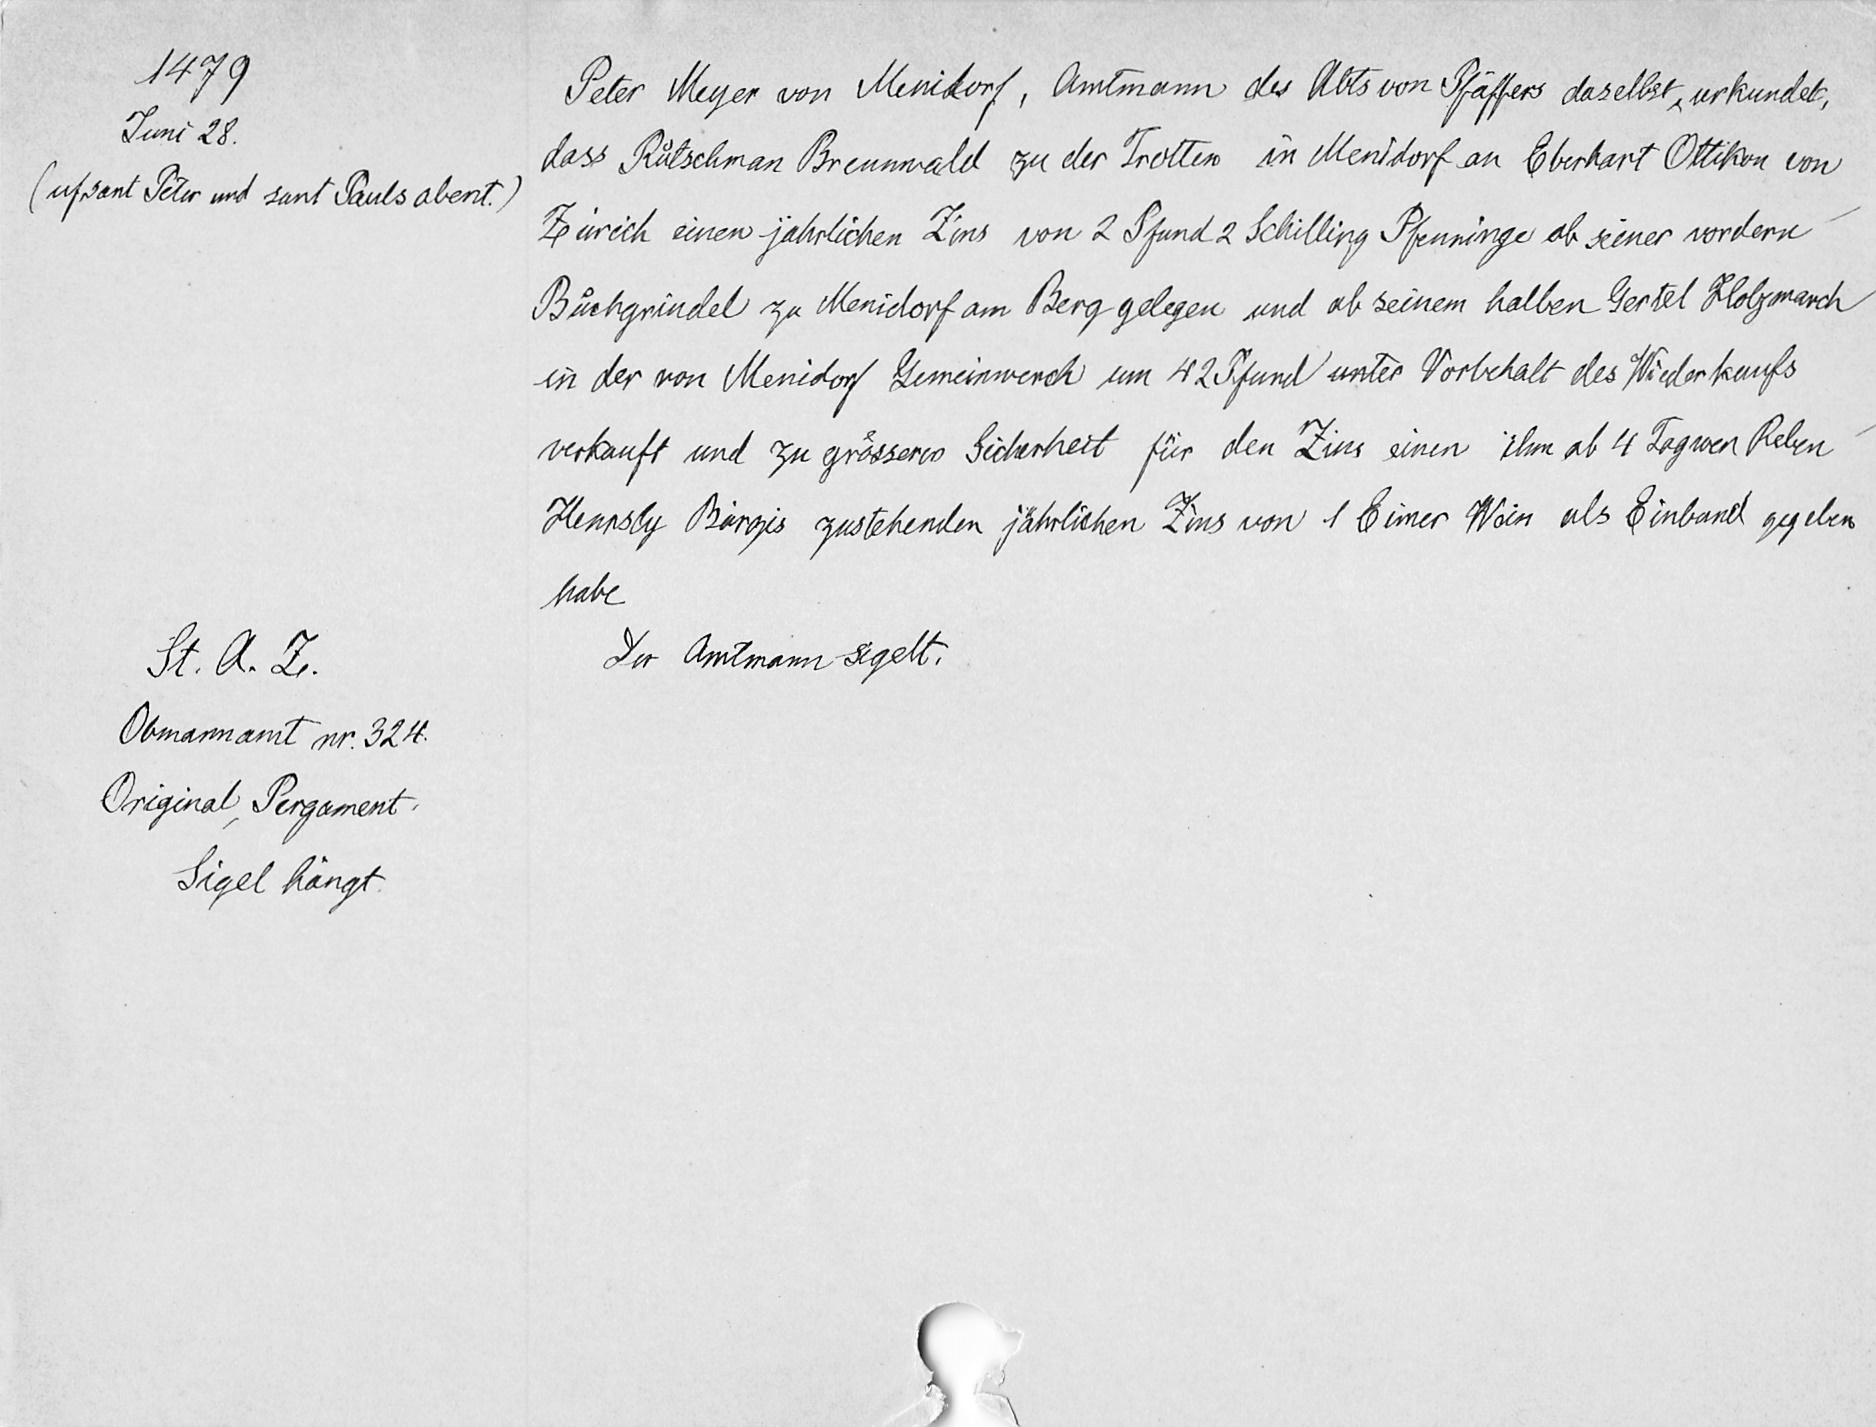
1479.
Juni 28.
(uf sant Peter und sant Pauls abent.)
St. A. Z.
Obmannamt nr. 324
Original, Pergament.
Sigel hängt.

Peter Meyer von Menidorf, Amtmann des Abts von Pfäffers daselbst, urkundet,
dass Ruͦtschman Brennwald zu der Trotten in Menidorf an Eberhart Ottikon von
Zürich einen jährlichen Zins von 2 Pfund 2 Schilling Pfenninge ab seiner vordern
Buͦchgrindel zu Menidorf am Berg gelegen und ab seinem halben Gertel Holzmarch
in der von Menidorf Gemeinwerch um 42 Pfund unter Vorbehalt des Widerkaufs
verkauft und zu groͤsserer Sicherheit für den Zins einen ihm ab 4 Tagwen Reben
Hennsly Bürgis zustehenden jährlichen Zins von 1 Eimer Wein als Einbund gegeben
habe.
Der Amman sigelt.